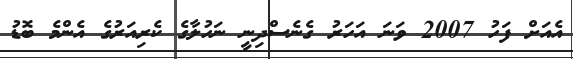
އެއަށް ފަހު 2007 ވަނަ އަހަރު ގެނެސްދިނީ ނަހުލާގެ ކެރިއަރުގެ އެންމެ ބޮޑު